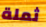
ثملة